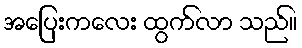
အပြေးကလေး ထွက်လာ သည်။